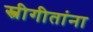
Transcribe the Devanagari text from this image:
स्त्रीगीतांना